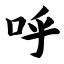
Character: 呼